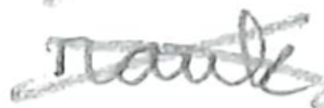
Text: rank
Cross-out: cross
Writing tool: pencil